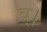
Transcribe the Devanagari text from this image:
व्।